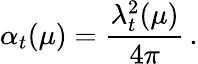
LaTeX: \alpha_{t}(\mu)={\frac{\lambda_{t}^{2}(\mu)}{4\pi}}\, .